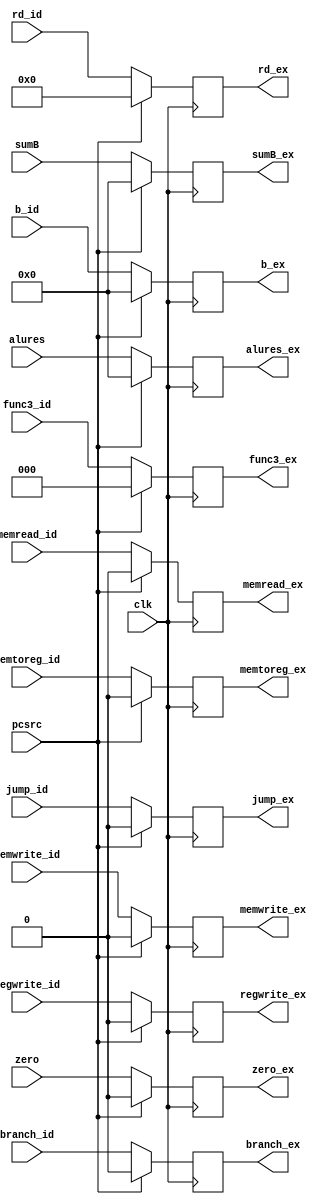
module exmemreg(clk, sumB,    zero,    alures,    b_id, rd_id, branch_id, memread_id, memtoreg_id, memwrite_id, regwrite_id, func3_id, pcsrc, jump_id, 
                     sumB_ex, zero_ex, alures_ex, b_ex, rd_ex, branch_ex, memread_ex, memtoreg_ex, memwrite_ex, regwrite_ex, func3_ex, jump_ex);

    input pcsrc, jump_id;
    input [2:0] func3_id;
    input clk, zero, branch_id, memread_id, memtoreg_id, memwrite_id, regwrite_id;
    input [31:0] sumB, alures, b_id;
    input [4:0] rd_id;

    output reg zero_ex, branch_ex, memread_ex, memtoreg_ex, memwrite_ex, regwrite_ex, jump_ex;
    output reg [31:0] sumB_ex, alures_ex, b_ex;
    output reg [4:0] rd_ex;
    output reg [2:0] func3_ex;

    initial 
    begin
        zero_ex     <=  0;
        branch_ex   <=  0;
        memread_ex  <=  0;
        memtoreg_ex <=  0;
        memwrite_ex <=  0;
        sumB_ex     <=  0;
        alures_ex   <=  0;
        b_ex        <=  0;
        rd_ex       <=  0;
        regwrite_ex <=  0;
        func3_ex    <=  0;
        jump_ex     <=  0;
    end

    always @(posedge clk) 
    begin

        if (pcsrc)
            begin
                zero_ex     <=  0;
                branch_ex   <=  0;
                memread_ex  <=  0;
                memtoreg_ex <=  0;
                memwrite_ex <=  0;
                sumB_ex     <=  0;
                alures_ex   <=  0;
                b_ex        <=  0;
                rd_ex       <=  0;
                regwrite_ex <=  0;
                func3_ex    <=  0;
                jump_ex     <=  0;
            end
        else
            begin
                zero_ex     <=  zero;
                branch_ex   <=  branch_id;
                memread_ex  <=  memread_id;
                memtoreg_ex <=  memtoreg_id;
                memwrite_ex <=  memwrite_id;
                sumB_ex     <=  sumB;
                alures_ex   <=  alures;
                b_ex        <=  b_id;
                rd_ex       <=  rd_id;
                regwrite_ex <=  regwrite_id;
                func3_ex    <=  func3_id;
                jump_ex     <=  jump_id;
            end
    end

endmodule